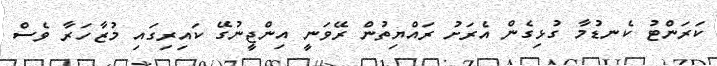
ކަރަންޓު ކެނޑުމާ ގުޅިިގެން އެރަށު ރައްޔިތުން ރޭވަނީ އިންޖީނުގޭ ކައިރިގައި މުޒާހަރާ ވެސް